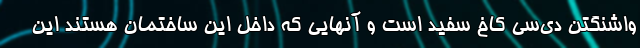
واشنگتن ‌دی‌سی کاخ سفید است و آنهایی که داخل این ساختمان هستند این‌